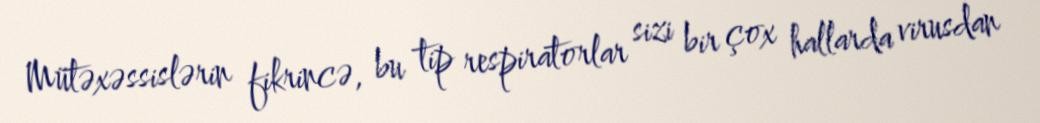
Mütəxəssislərin fikrincə, bu tip respiratorlar sizi bir çox hallarda virusdan